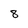
Character: 8